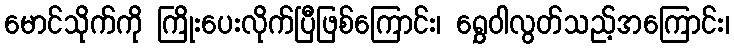
မောင်သိုက်ကို ကြိုးပေးလိုက်ပြီဖြစ်ကြောင်း၊ ရွှေဝါလွတ်သည့်အကြောင်း၊